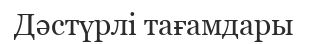
Дәстүрлі тағамдары